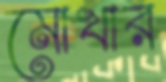
মোখার